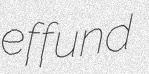
effund